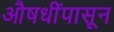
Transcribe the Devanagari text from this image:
औषधींपासून